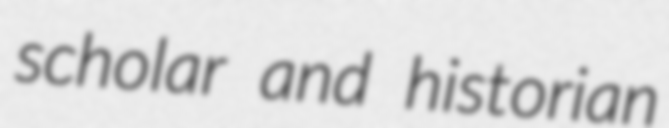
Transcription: scholar and historian